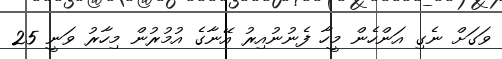
ވަގަށް ނެގި އަންހެން މީހާ ފެނުނުއިރު އޭނާގެ އުމުރުން މިހާރު ވަނީ 25